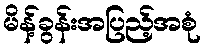
မိန့်ခွန်းအပြည့်အစုံ